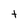
Character: t